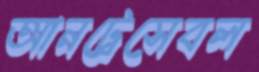
আনট্রেসেবল